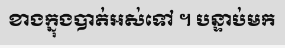
ខាងក្នុងបាត់អស់ទៅ ។ បន្ទាប់មក